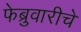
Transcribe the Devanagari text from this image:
फेब्रुवारीचे